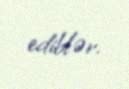
ediblər.